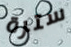
سترة